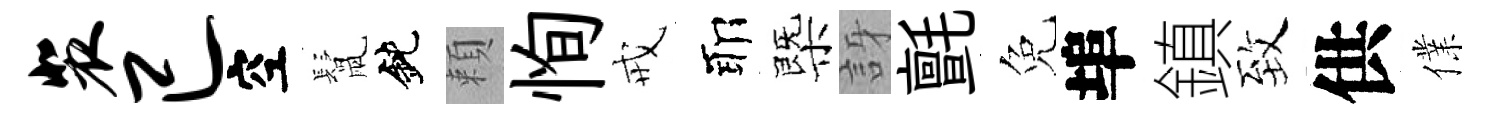
裴已空鬛鈍頼恂戒耶㮣訝氈免埠鎮致供㒒